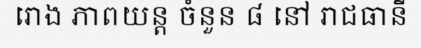
រោង ភាពយន្ត ចំនួន ៨ នៅ រាជធានី